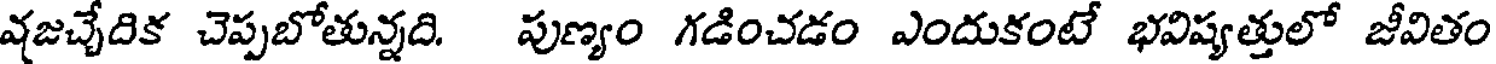
వజచ్చేదిక చెప్పబోతున్నది. పుణ్యం గడించడం ఎందుకంటే భవిష్యత్తులో జీవితం